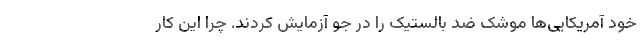
خود آمریکایی‌ها موشک ضد بالستیک را در جو آزمایش کردند. چرا این کار